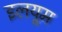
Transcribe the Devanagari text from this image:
इलयूम